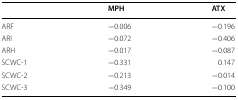
|  | MPH | ATX |
 | --- | --- | --- |
 | ARF | −0.006 | −0.196 |
 | ARI | −0.072 | −0.406 |
 | ARH | −0.017 | −0.087 |
 | SCWC-1 | −0.331 | 0.147 |
 | SCWC-2 | −0.213 | −0.014 |
 | SCWC-3 | −0.349 | −0.100 |